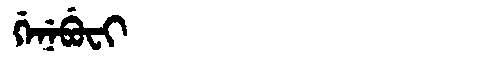
Manchu: ᡤᡝᠨᡝᠪᡠᠸᡳ
Romanization: GENEBUFI